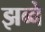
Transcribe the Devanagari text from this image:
झब्बे